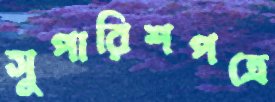
সুপারিশপত্রে